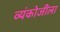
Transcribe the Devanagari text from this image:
व्यंकोजीला